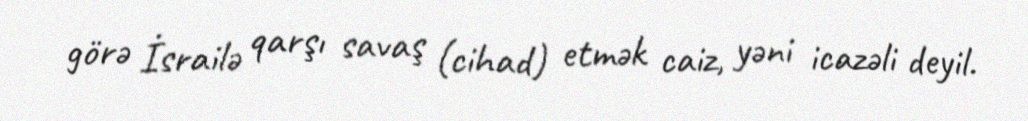
görə İsrailə qarşı savaş (cihad) etmək caiz, yəni icazəli deyil.